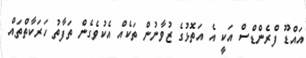
އައްޑޫ ފްރެންޑްސް އަކީ އެ އަތޮޅުގެ ޒުވާނުން ތަކެއް އެކުވެގެން ތަފާތު ހަރަކާތްތައް